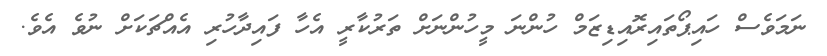
ނަމަވެސް ހައިޕޯތައިރޮއިޑިޒަމް ހުންނަ މީހުންނަށް ތަރުކާރީ އެހާ ފައިދާހުރި އެއްޗަކަށް ނުވެ އެވެ.